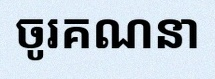
ចូរគណនា